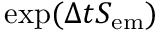
\exp ( \Delta t \boldsymbol { S } _ { \mathrm { e m } } )